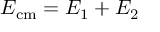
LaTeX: E _ { \mathrm { c m } } = E _ { 1 } + E _ { 2 }